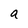
Character: a